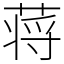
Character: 蒋